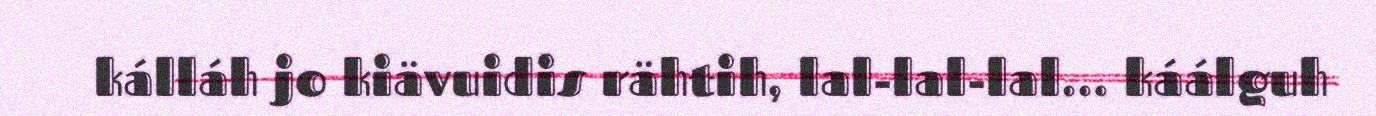
kálláh jo kiävuidis rähtih, lal-lal-lal… káálguh